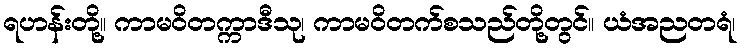
ရဟန်းတို့။ ကာမဝိတက္ကာဒီသု၊ ကာမဝိတက်စသည်တို့တွင်။ ယံအညတရံ၊